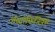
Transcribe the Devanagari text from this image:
अॅस्ट्रोफिजिक्स